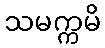
သမက္ကမိ